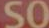
SO